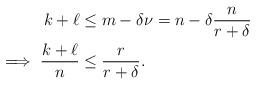
LaTeX: \begin{align*}k+\ell &\leq m - \delta \nu = n - \delta \frac{n}{r+\delta} \\\implies \frac{k+\ell}{n} &\leq \frac{r}{r+\delta}.\end{align*}